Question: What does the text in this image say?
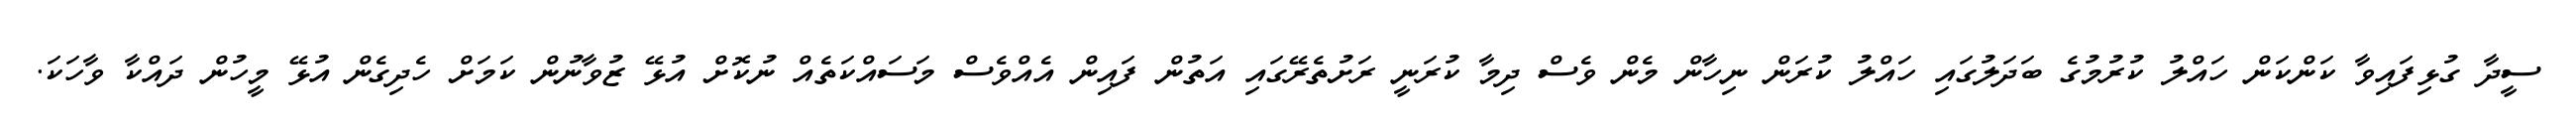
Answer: ސީދާ ގުޅިފައިވާ ކަންކަން ހައްލު ކުރުމުގެ ބަދަލުގައި ހައްލު ކުރަން ނިހާން މެން ވެސް ދިމާ ކުރަނީ ރަށުތެރޭގައި އަތުން ފައިން އެއްވެސް މަސައްކަތެއް ނުކޮށް އުޅޭ ޒުވާނުން ކަމަށް ހެދިގެން އުޅޭ މީހުން ދައްކާ ވާހަކަ.